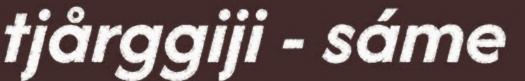
tjårggiji - sáme